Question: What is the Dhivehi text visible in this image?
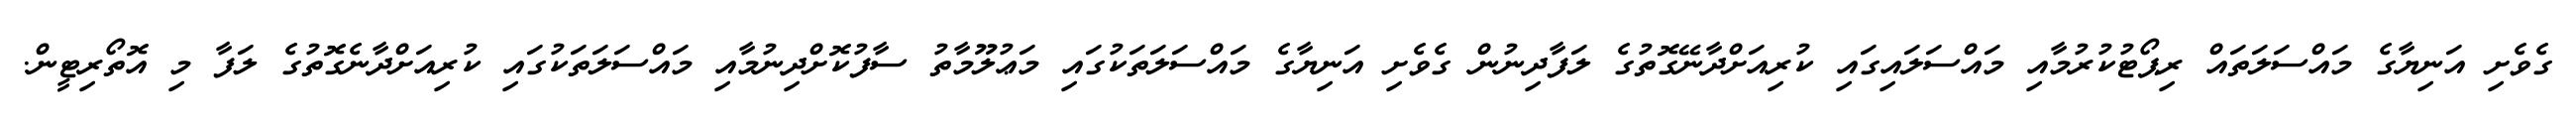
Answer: ގެވެށި އަނިޔާގެ މައްސަލަތައް ރިޕޯޓުކުރުމާއި މައްސަލައިގައި ކުރިއަށްދާނޭގޮތުގެ ލަފާދިނުން ގެވެށި އަނިޔާގެ މައްސަލަތަކުގައި މަޢުލޫމާތު ސާފުކޮށްދިނުމާއި މައްސަލަތަކުގައި ކުރިއަށްދާނެގޮތުގެ ލަފާ މި އޮތޯރިޓީން.